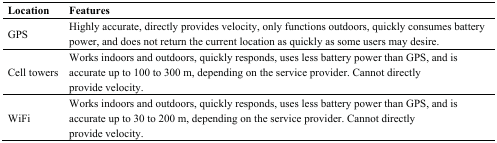
| Location | Features |
 | --- | --- |
 | GPS | Highly accurate, directly provides velocity, only functions outdoors, quickly consumes battery power, and does not return the current location as quickly as some users may desire. |
 | Cell towers | Works indoors and outdoors, quickly responds, uses less battery power than GPS, and is accurate up to 100 to 300 m, depending on the service provider. Cannot directly provide velocity. |
 | WiFi | Works indoors and outdoors, quickly responds, uses less battery power than GPS, and is accurate up to 30 to 200 m, depending on the service provider. Cannot directly provide velocity. |